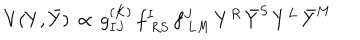
V ( Y , { \bar { Y } } ) \, \propto \, g _ { I J } ^ { ( K ) } \, f _ { \ R S } ^ { I } \, f _ { \ L M } ^ { J } \, Y ^ { R } \, { \bar { Y } } ^ { S } \, Y ^ { L } \, { \bar { Y } } ^ { M }